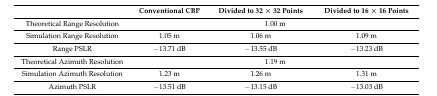
<table><thead><tr><td></td><td><b>Conventional CBP</b></td><td><b>Divided to 32 × 32 Points</b></td><td><b>Divided to 16 × 16 Points</b></td></tr></thead><tbody><tr><td>Theoretical Range Resolution</td><td colspan="3">1.00 m</td></tr><tr><td>Simulation Range Resolution</td><td>1.05 m</td><td>1.06 m</td><td>1.09 m</td></tr><tr><td>Range PSLR</td><td>−13.71 dB</td><td>−13.55 dB</td><td>−13.23 dB</td></tr><tr><td>Theoretical Azimuth Resolution</td><td colspan="3">1.19 m</td></tr><tr><td>Simulation Azimuth Resolution</td><td>1.23 m</td><td>1.26 m</td><td>1.31 m</td></tr><tr><td>Azimuth PSLR</td><td>−13.51 dB</td><td>−13.15 dB</td><td>−13.03 dB</td></tr></tbody></table>